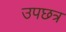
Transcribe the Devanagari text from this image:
उपछत्र